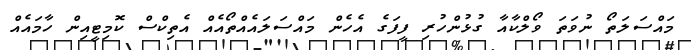
މައްސަލަތޯ ނުވަތަ ވޯލްކާއާ ގުޅުންހުރި ފީފަގެ އެހެން މައްސަލައެއްތޯއެއް އެތިކްސް ކޮމިޓީއިން ހާމައެއް